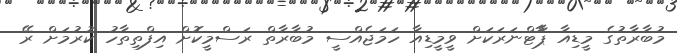
މުބާރާތުގެ މީޑިއާ ޕާާޓްނަރަކަށް ވީމީޑިއާ ހަމަޖެއްސީ މުބާރާތް ރަސްމީކޮށް އިފްތިތާހު ކުރުމަށް ރޭ